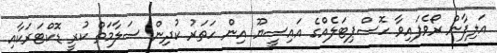
އަލިފާން ރޯވެފައިވާ ހޮސްޕިޓަލެއްގެ އައިސީޔޫ އިން ހަތަރު ކުދިން ސަލާމަތް ކުރީ ޑޮކްޓަރަކާއި